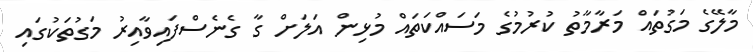
މާލޭގެ މަގުތައް މަރާމާތު ކުރުމުގެ މަސައްކަތައް މުޅިން އަލަށް ގާ ގެނެސްފައިވާއިރު މަގުތަކުގައި